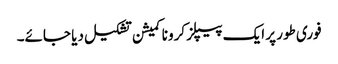
فوری طور پر ایک پیپلز کرونا کمیشن تشکیل دیا جائے۔